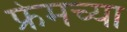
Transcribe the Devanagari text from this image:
फ्रेमच्या